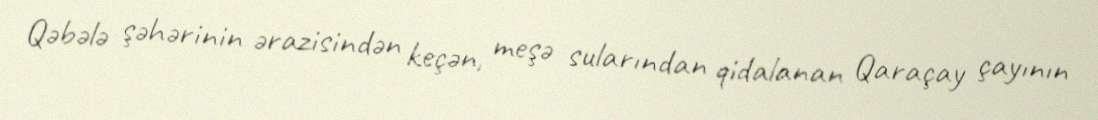
Qəbələ şəhərinin ərazisindən keçən, meşə sularından qidalanan Qaraçay çayının